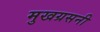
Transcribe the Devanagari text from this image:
मुखग्रसनी